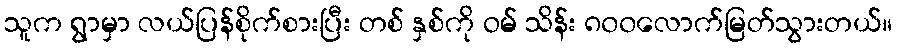
သူက ရွာမှာ လယ်ပြန်စိုက်စားပြီး တစ် နှစ်ကို ဝမ် သိန်း ၈၀၀လောက်မြတ်သွားတယ်။